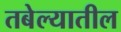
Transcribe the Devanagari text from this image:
तबेल्यातील